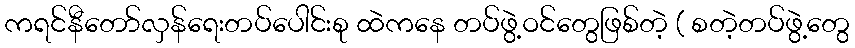
ကရင်နီတော်လှန်ရေးတပ်ပေါင်းစု ထဲကနေ တပ်ဖွဲ့ဝင်တွေဖြစ်တဲ့ ( စတဲ့တပ်ဖွဲ့တွေ